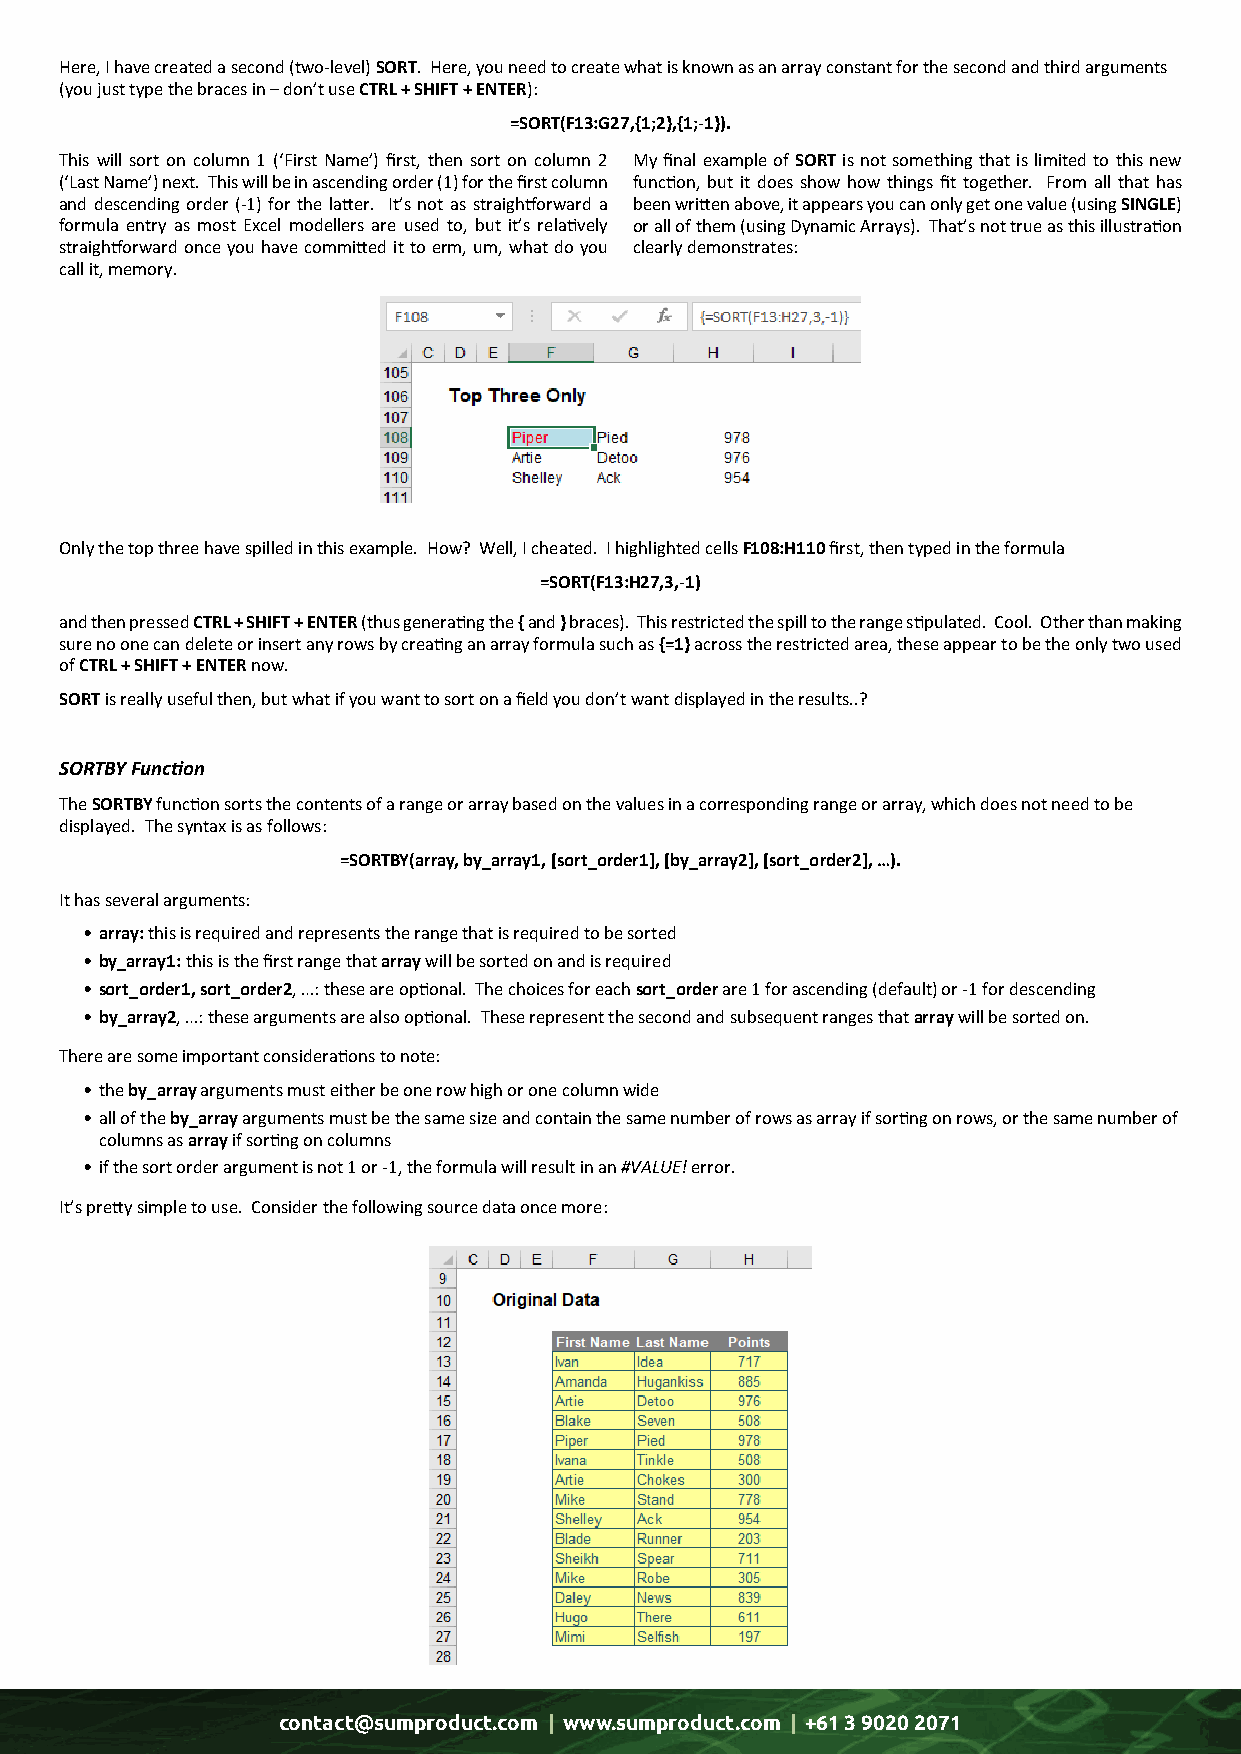
Here, I have created a second (two-level) SORT. Here, you need to create what is known as an array constant for the second and third arguments
 (you just type the braces in – don’t use CTRL + SHIFT + ENTER):
 =SORT(F13:G27,{1;2},{1;-1}).
 This will sort on column 1 (‘First Name’) first, then sort on column 2 My final example of SORT is not something that is limited to this new
 (‘Last Name’) next. This will be in ascending order (1) for the first column function, but it does show how things fit together. From all that has
 and descending order (-1) for the latter. It’s not as straightforward a been written above, it appears you can only get one value (using SINGLE)
 formula entry as most Excel modellers are used to, but it’s relatively or all of them (using Dynamic Arrays). That’s not true as this illustration
 straightforward once you have committed it to erm, um, what do you clearly demonstrates:
 call it, memory.
 Only the top three have spilled in this example. How? Well, I cheated. I highlighted cells F108:H110 first, then typed in the formula
 =SORT(F13:H27,3,-1)
 and then pressed CTRL + SHIFT + ENTER (thus generating the { and } braces). This restricted the spill to the range stipulated. Cool. Other than making
 sure no one can delete or insert any rows by creating an array formula such as {=1} across the restricted area, these appear to be the only two used
 of CTRL + SHIFT + ENTER now.
 SORT is really useful then, but what if you want to sort on a field you don’t want displayed in the results..?
 SORTBY Function
 The SORTBY function sorts the contents of a range or array based on the values in a corresponding range or array, which does not need to be
 displayed. The syntax is as follows:
 =SORTBY(array, by_array1, [sort_order1], [by_array2], [sort_order2], …).
 It has several arguments:
 • array: this is required and represents the range that is required to be sorted
 • by_array1: this is the first range that array will be sorted on and is required
 • sort_order1, sort_order2, …: these are optional. The choices for each sort_order are 1 for ascending (default) or -1 for descending
 • by_array2, …: these arguments are also optional. These represent the second and subsequent ranges that array will be sorted on.
 There are some important considerations to note:
 • the by_array arguments must either be one row high or one column wide
 • all of the by_array arguments must be the same size and contain the same number of rows as array if sorting on rows, or the same number of
 columns as array if sorting on columns
 • if the sort order argument is not 1 or -1, the formula will result in an #VALUE! error.
 It’s pretty simple to use. Consider the following source data once more:
 contact@sumproduct.com | www.sumproduct.com | +61 3 9020 2071